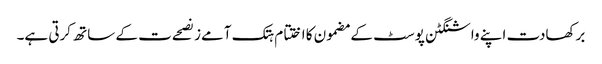
برکھادت اپنے واشنگٹن پوسٹ کے مضمون کا اختتام ہتک آمےز نصحےت کے ساتھ کرتی ہے۔